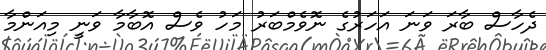
ދެހާސް ބާރަ ވަނަ އަހަރުގެ ނޮވެމްބަރު މަހު ވެސް އޮބާމާ ވަނީ މިއަންމާ